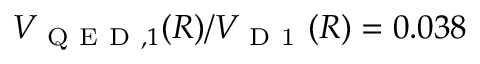
V _ { \mathrm { ~ Q ~ E ~ D ~ } , 1 } ( R ) / V _ { \mathrm { ~ D ~ 1 ~ } } ( R ) = 0 . 0 3 8